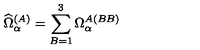
\widehat { \Omega } _ { \alpha } ^ { ( A ) } = \sum _ { B = 1 } ^ { 3 } \Omega _ { \alpha } ^ { A ( B B ) }